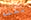
بطله